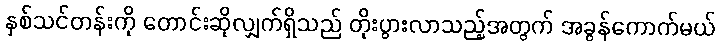
နှစ်သင်တန်းကို တောင်းဆိုလျှက်ရှိသည် တိုးပွားလာသည့်အတွက် အခွန်ကောက်မယ်